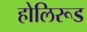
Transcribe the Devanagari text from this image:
होलिरूड